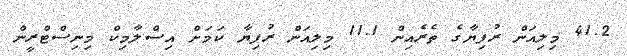
41.2 މިލިއަން ރުފިޔާގެ ތެރެއިން 11.1 މިލިއަން ރުފިޔާ ކަމަށް އިސްލާމިކް މިނިސްޓްރީން